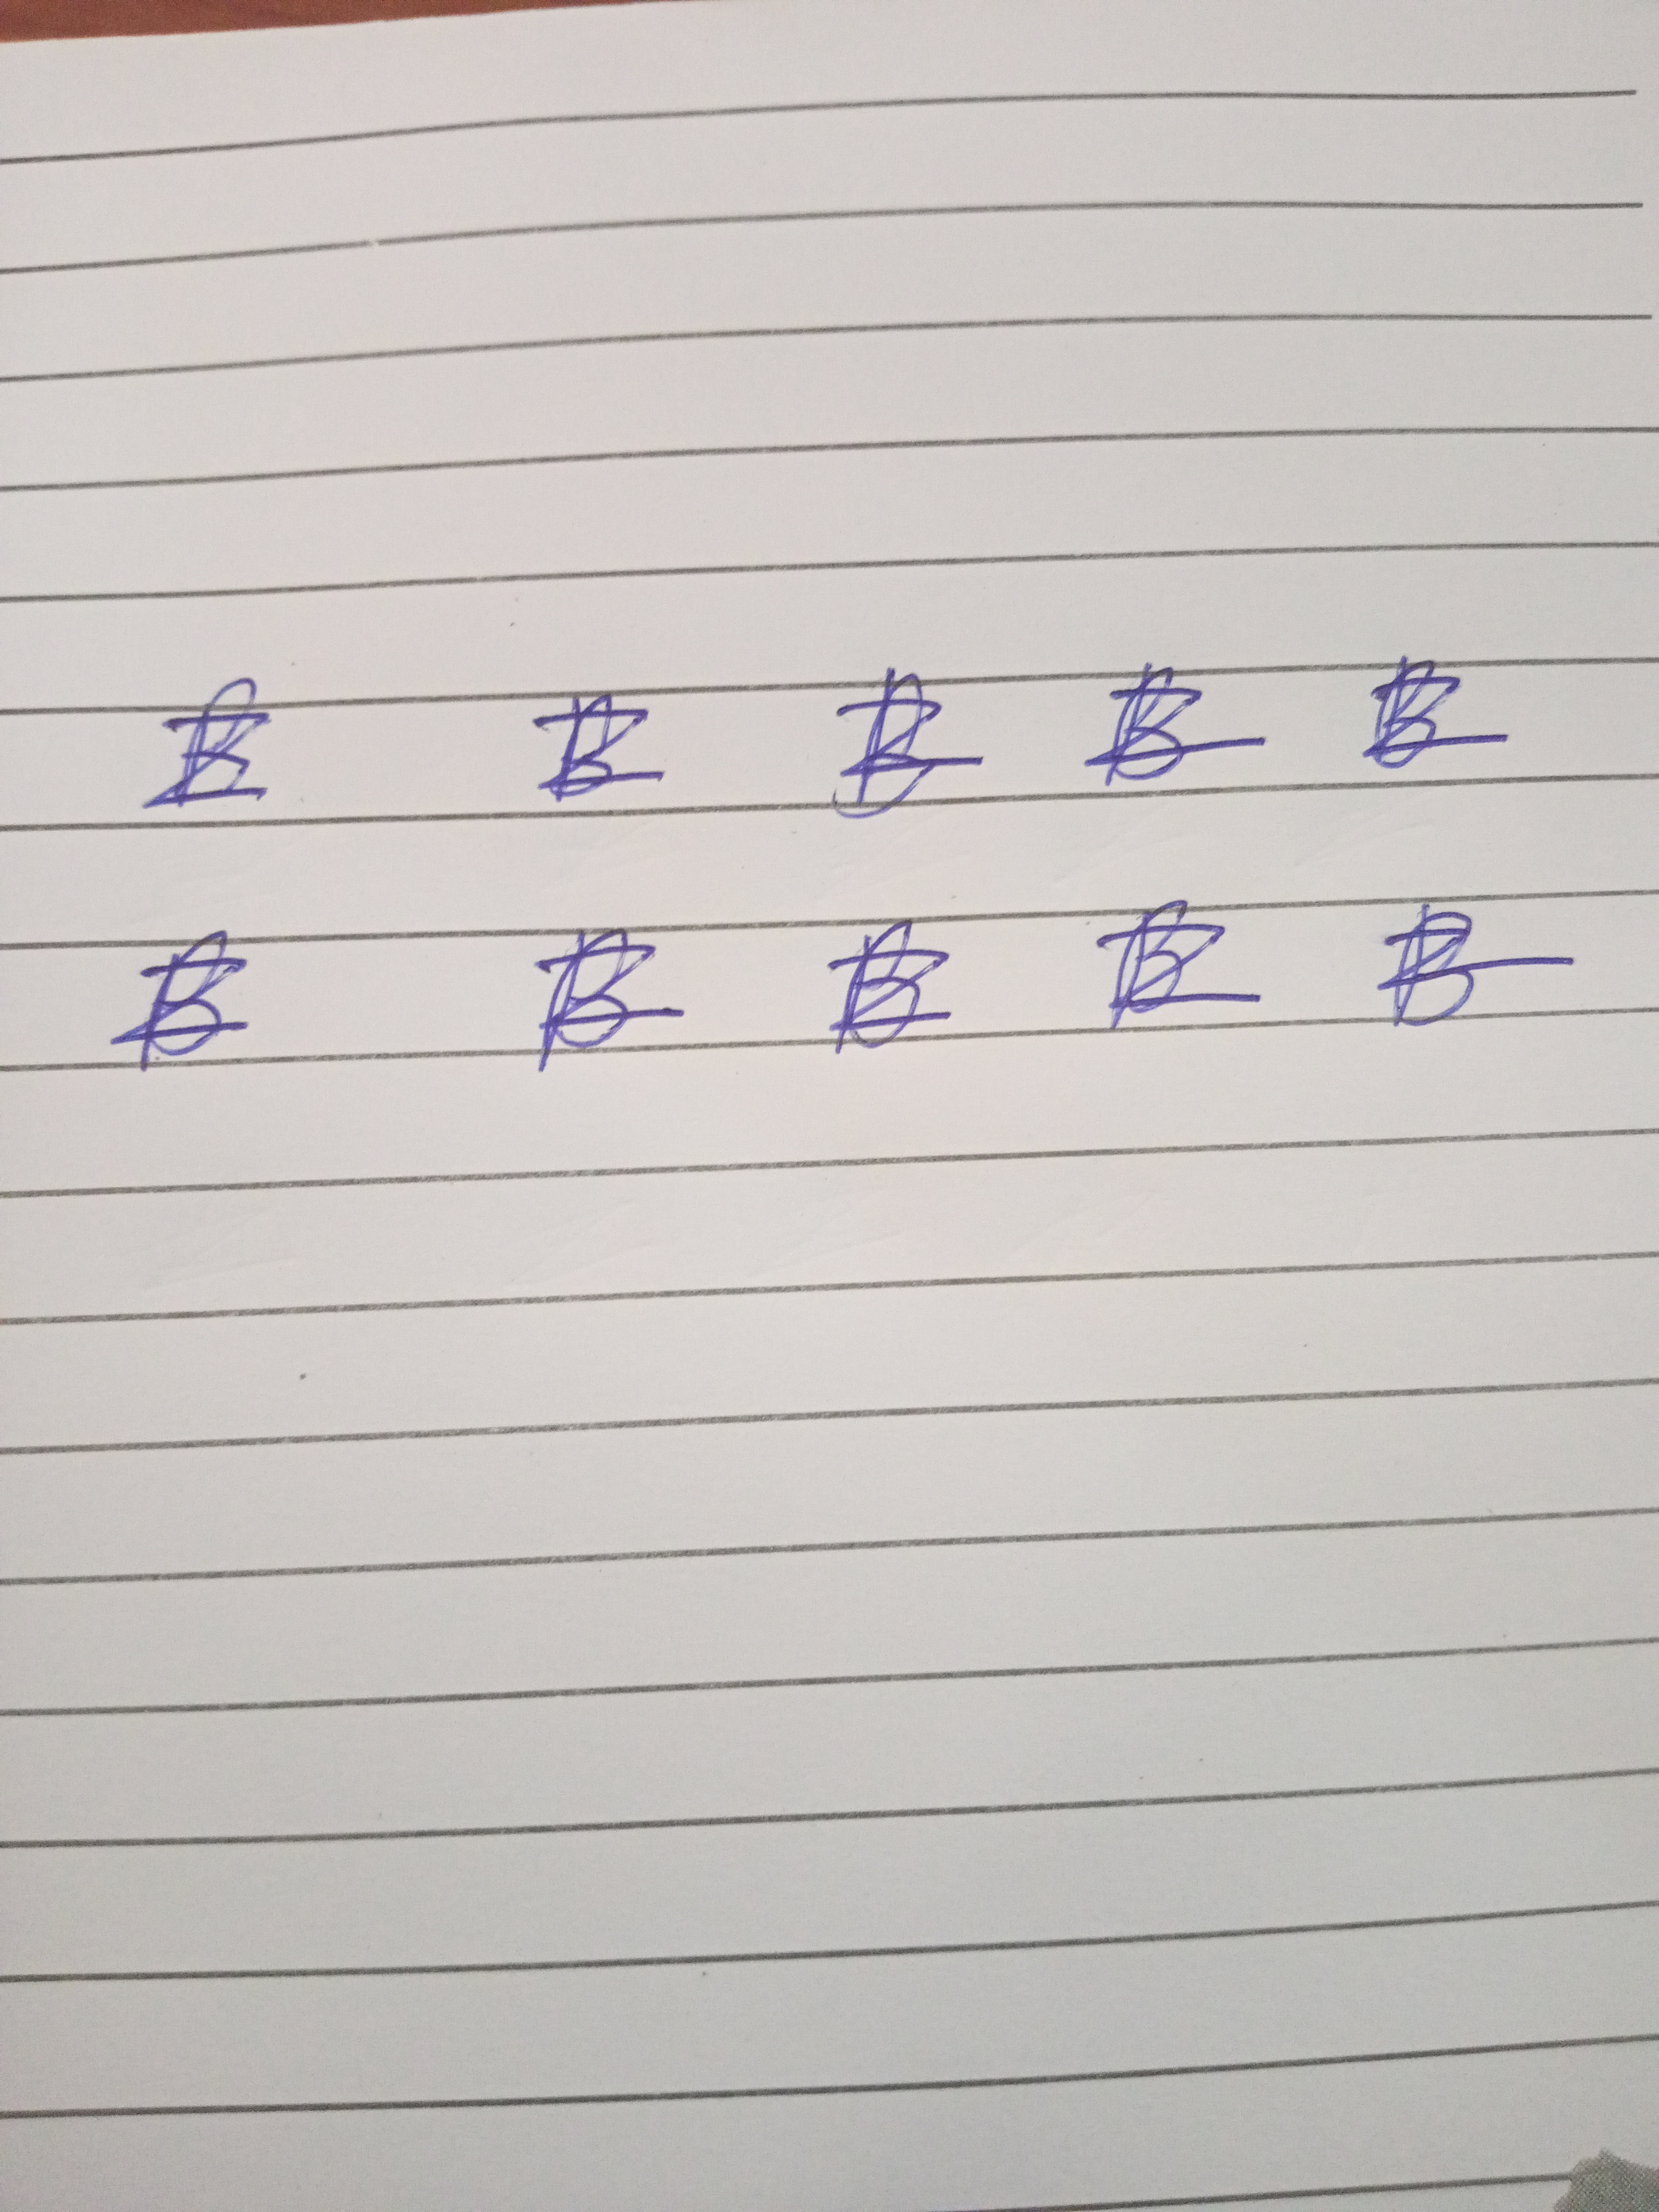
Signature authenticity: genuine